Report on sanitation, dispensaries, and jails in Rajputana for 1910, and on vaccination for the year 1910-1911 - 1910-1911
Year: 1910
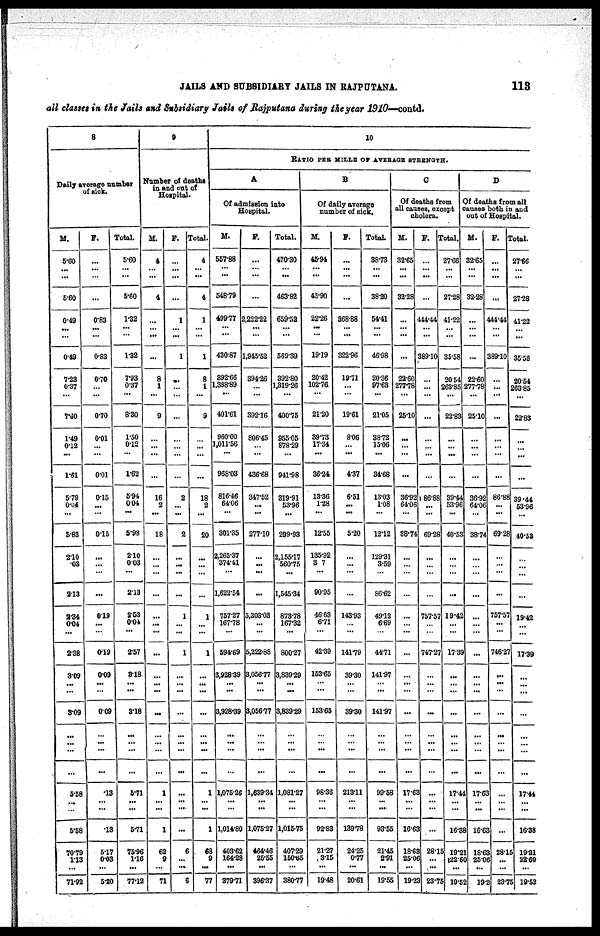
JAILS AND SUBSIDIARY JAILS IN RAJPUTANA.
113
all classes in the Jails and Subsidiary Jails of Rajputana during the year 1910—contd.
8
Daily average number
of sick.
M.
5.60
...
...
5.60
0.49
...
...
0.49
7.28
0.37
...
7.60
149
0.12
...
1.61
5.79
0-04
...
5.83
2.10
.03
...
2.13
2.34
0.04
...
2.38
3.09
...
...
3.09
...
...
...
...
5.58
...
...
5.58
70.79
1.13
...
71.92
F.
...
...
...
...
0.83
...
...
0.83
0.70
...
...
0.70
0.01
...
...
0.01
0.15
...
...
0.15
...
...
...
...
0.19
...
...
0.19
0.09
...
...
0.09
...
...
...
...
.18
...
...
18
5.17
0.03
...
5.20
Total.
5.60
...
...
5.60
1.32
...
...
1.32
7.93
0.37
...
8.30
1.50
0.12
...
1.62
5.94
0.04
...
5.98
2.10
0.03
...
2.13
2.53
0.04
...
2.57
3.18
...
...
3.18
...
...
...
...
5.71
...
...
5.71
75.96
1.16
...
77.12
9
Number of deaths
in and out of
Hospital.
M.
4
...
...
4
...
...
...
...
8
1
...
9
...
...
...
...
16
2
...
18
...
...
...
...
...
...
...
...
...
...
...
...
...
...
...
...
1
...
...
1
62
9
...
71
F.
...
...
...
...
1
...
...
1
...
...
...
...
...
...
...
...
2
...
...
2
...
...
...
...
1
...
...
1
...
...
...
...
...
...
...
...
...
...
...
...
6
...
...
6
Total
4
...
...
4
1
...
...
1
8
1
...
9
...
...
...
...
18
2
...
20
...
...
...
...
1
...
...
1
...
...
...
...
...
...
...
...
1
...
...
1
68
9
...
77
10
RATIO PER MILLE OF AVERAGE STRENGTH.
A
Of admission into
Hospital.
M.
557.88
...
...
548.79
499.77
...
...
430.87
392.66
1,388.89
...
401.61
960.00
1,011.56
...
968.03
816.46
64.06
...
301.35
2,265.37
374.41
...
1,622.54
757.27
167.78
...
594.69
3,928.39
...
...
3,928.39
...
...
...
...
1,075.26
...
...
1,014.80
403.62
164.28
...
379.71
F.
...
...
...
...
2,222.22
...
...
1,945.52
394.26
...
...
392.16
806.45
...
...
436.68
347.52
...
...
277.10
...
...
...
...
5,303.0.
...
...
5,222.88
3,056.77
...
...
3,056.77
...
...
...
...
1,639.34
...
...
1,075.27
464.46
25.55
...
396.37
Total.
470.30
...
...
463.82
659.52
...
...
569.39
392.80
1,319.26
...
400.75
955.05
878.29
...
941.98
319.91
53.96
...
299.93
2,155.17
560.75
...
1,545.34
873.78
167.32
...
800.27
3,839.29
...
...
3,839.29
...
...
...
...
1,081.27
...
...
1,015.75
407.29
150.65
...
380.77
B
Of daily average
number of sick.
M.
45.94
...
...
45.90
22.26
...
...
19.19
20.42
102.76
...
21.20
39.73
17.34
...
36.24
13.36
1.28
...
12.55
135.92
3.7
...
90.95
46.63
6.71
...
42.39
153.65
...
...
153.65
...
...
...
...
98.36
...
...
92.83
21.27
3.15
...
19.48
F.
...
...
...
...
368.88
...
...
322.96
19.71
...
...
19.61
8.06
...
...
4.37
6.51
...
...
5.20
...
...
...
...
148.93
...
...
141.79
39.30
...
...
39.30
...
...
...
...
213.11
...
...
189.78
24.25
0.77
...
20.61
Total.
38.78
...
...
38.20
54.41
...
...
46.98
20.36
97.63
...
21.05
38.72
15.06
...
34.68
13.03
1.08
...
12.12
129.31
3.59
...
86.62
49.12
6.69
...
44.71
141.97
...
...
141.97
...
...
...
...
99.58
...
...
93.55
21.45
2.91
...
19.55
C
Of deaths from
all causes, except
cholera.
M.
32.65
...
...
32.28
...
...
...
...
22.60
277.78
...
25.10
...
...
...
...
36.92
64.06
...
38.74
...
...
...
...
...
...
...
...
...
...
...
...
...
...
...
...
17.63
...
...
16.63
18.63
25.06
...
19.23
F.
...
...
...
...
444.44
...
...
389.10
...
...
...
...
...
...
...
...
86.88
...
...
69.28
...
...
...
...
757.57
...
...
747.27
...
...
...
...
...
...
...
...
...
...
...
...
28.15
...
...
23.75
Total.
27.66
...
...
27.28
41.22
...
...
35.58
20.54
263.85
...
22.83
...
...
...
...
39.44
53.96
...
40.53
...
...
...
...
19.42
...
...
17.39
...
...
...
...
...
...
...
...
17.44
...
...
16.38
19.21
22.60
...
19.52
D
Of deaths from all
causes both in and
out of Hospital.
M.
32.65
...
...
32.28
...
...
...
...
22.60
277.78
...
25.10
...
...
...
...
36.92
64.06
...
38.74
...
...
...
...
...
...
...
...
...
...
...
...
...
...
...
...
17.63
...
...
16.63
18.63
25.06
...
19.2
F.
...
...
...
...
444.44
...
...
389.10
...
...
...
...
...
...
...
...
86.88
...
...
69.28
...
...
...
...
757.57
...
...
746.27
...
...
...
...
...
...
...
...
...
...
...
...
28.15
...
...
23.75
Total.
27.66
...
...
27.28
41.22
...
...
35.58
20.54
263.85
...
22.83
...
...
...
...
39.44
53.96
...
40.52
...
...
...
...
19.42
...
...
17.39
...
...
...
...
...
...
...
...
17.44
...
...
16.38
19.21
22.60
...
19.52